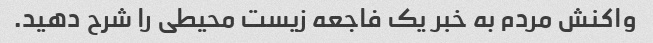
واکنش مردم به خبر یک فاجعه زیست محیطی را شرح دهید.